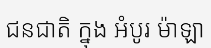
ជនជាតិ ក្នុង អំបូរ ម៉ាឡា